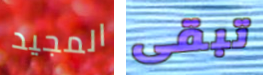
المجيد تبقى